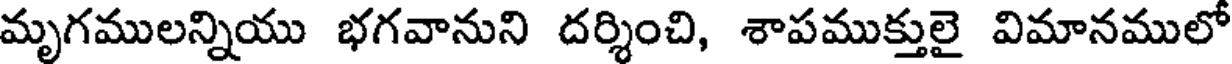
మృగములన్నియు భగవానుని దర్శించి, శాపముక్తులై విమానములో